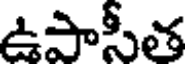
ఉపాసీత